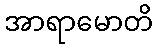
အာရာမောတိ